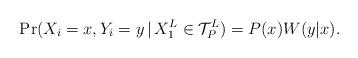
LaTeX: \begin{align*}\mathrm{Pr}(X_i = x , Y_i = y \, | \, X_1^L \in \mathcal{T}_{P}^{L}) = P(x) W(y|x) .\end{align*}